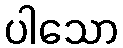
ပါသော